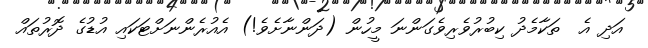
އަދި އެ  ތަކާމެދު ކިބުރުވެރިވެގަންނަ މީހުން (ދަންނާށެވެ!) އެއުރެންނަށްޓަކައި އުޑުގެ ދޮރުތައް